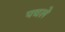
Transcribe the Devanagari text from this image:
पचले